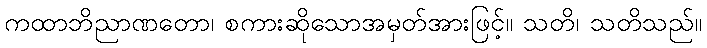
ကထာဘိညာဏတော၊ စကားဆိုသောအမှတ်အားဖြင့်။ သတိ၊ သတိသည်။